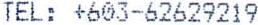
TEL: +603-62629219